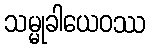
သမ္မုခါယေဝဿ